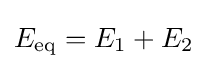
E_{\mathrm {eq} }=E_{1}+E_{2}